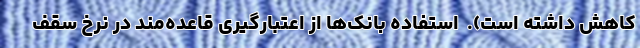
کاهش داشته است).  استفاده بانک‌ها از اعتبارگیری قاعده‌مند در نرخ سقف